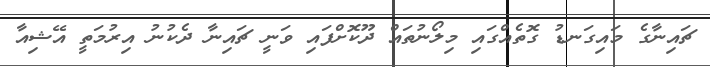
ޗައިނާގެ މައިގަނޑު ގޮތެއްގައި މިލޯނުތައް ދޫކޮށްފައި ވަނީ ޗައިނާ ދެކުނު އިރުމަތީ އޭޝިއާ